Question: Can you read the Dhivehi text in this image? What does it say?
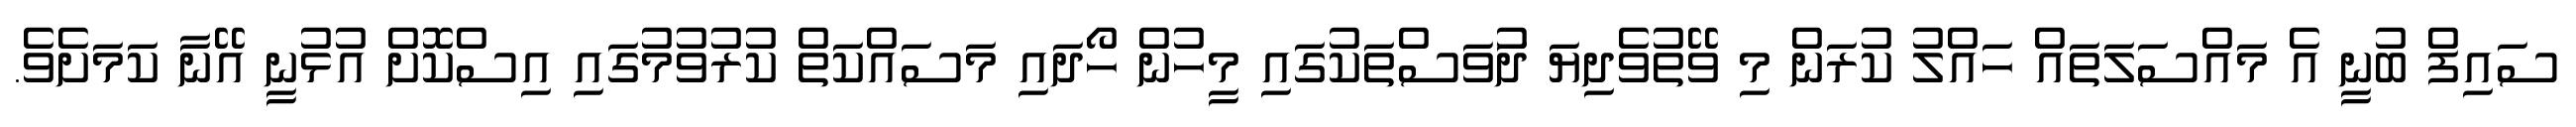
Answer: ސައިފް ބުނީ އެ މައްސަލަތައް ހައްލު ކުރަން މި ވޭތުވެދިޔަ ދުަވަސްތަކުގައި މީހުން ހޯދައި މަސައްކަތް ކުރުވުމުގައި އިސްކޮށް އުޅުނީ އޭނާ ކަމަށެވެ.